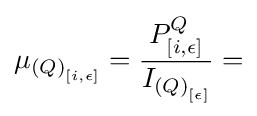
\mu _{{(Q)}_{[i,\epsilon ]}}={\frac {P_{[i,\epsilon ]}^{Q}}{I_{{(Q)}_{[\epsilon ]}}}}=